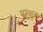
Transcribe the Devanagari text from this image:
मुमुक्षुता